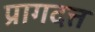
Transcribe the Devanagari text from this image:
प्रागदत्त